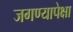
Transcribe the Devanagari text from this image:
जगण्यापेक्षा